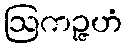
ဩကဉ္ဇဟံ